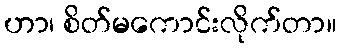
ဟာ၊ စိတ်မကောင်းလိုက်တာ။